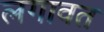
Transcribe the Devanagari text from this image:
लगावत